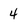
Character: 4